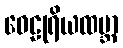
ဝေဠုရိယထမ္ဘာ